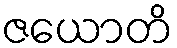
ဇယောတိ